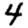
Digit: 4